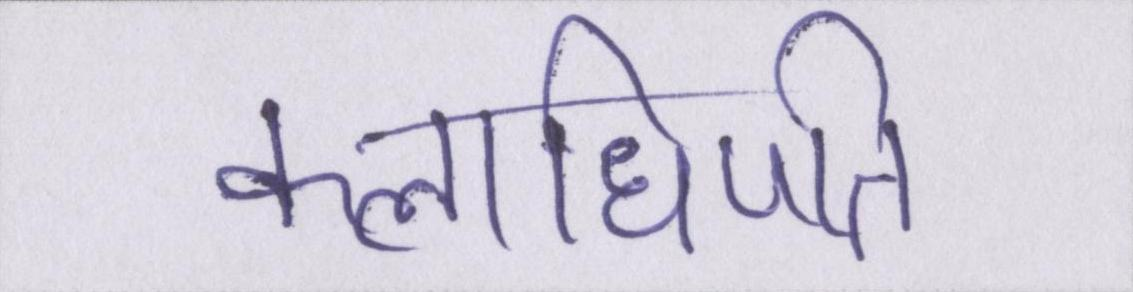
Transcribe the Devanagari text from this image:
कलाधिपति